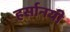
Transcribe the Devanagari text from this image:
हर्सानयी